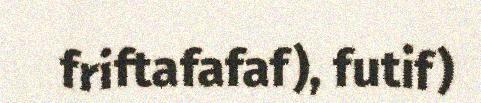
friftafafaf), futif)